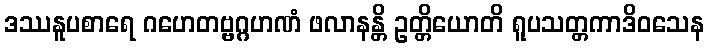
ဒဿနူပစာရေ ဂဟေတဗ္ဗဂ္ဂဟဏံ ဖလာနန္တိ ဥတ္တိယောတိ ရူပသတ္တကာဒိဝသေန